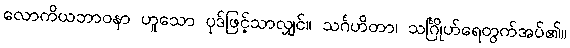
လောကိယဘာဝနာ ဟူသော ပုဒ်ဖြင့်သာလျှင်။ သင်္ဂဟိတာ၊ သင်္ဂြိုဟ်ရေတွက်အပ်၏။